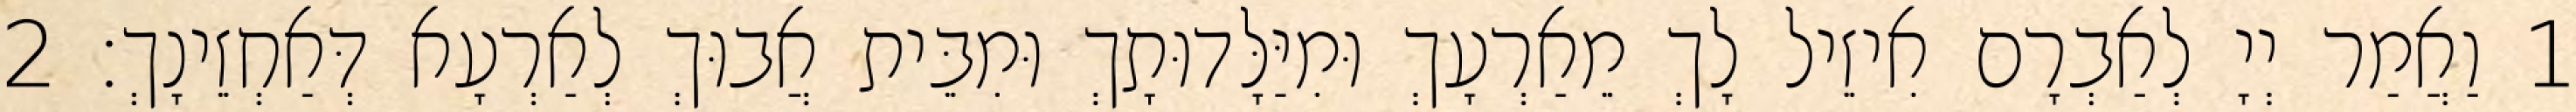
1 וַאֲמַר יְיָ לְאַבְרָם אִיזֵיל לָךְ מֵאַרְעָךְ וּמִיַּלָּדוּתָךְ וּמִבֵּית אֲבוּךְ לְאַרְעָא דְּאַחְזֵינָךְ׃ 2